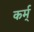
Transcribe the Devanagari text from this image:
कर्म्